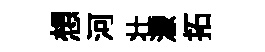
想河壮濛拓